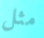
مثل